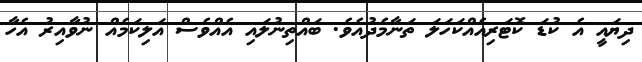
ދިޔައީ އެ ކުޑަ ކޮޓަރިއެއްކަހަލަ ތަނާމެދުއެވެ. ބައްތިނުލައި އެއްވެސް އަލިކަމެއް ނުވާއިރު އެހާ